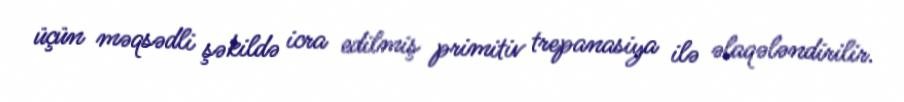
üçün məqsədli şəkildə icra edilmiş primitiv trepanasiya ilə əlaqələndirilir.